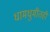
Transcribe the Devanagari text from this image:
धामधुमीतही